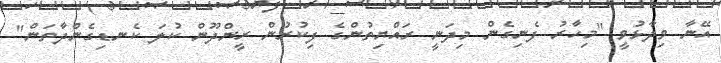
އޭނާ ވިދާޅުވީ "މިހާރު ފެނިގެން މިދަނީ ރައްޔިތުންގެ ފިކުރުން ރީންދޫން ކުލަ ކެނޑިގެންދާތަން"